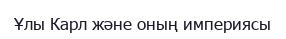
Ұлы Карл және оның империясы